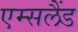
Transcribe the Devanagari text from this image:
एम्सलैंड